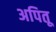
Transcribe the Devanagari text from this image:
अपितू